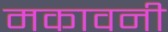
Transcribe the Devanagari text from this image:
मकावनी